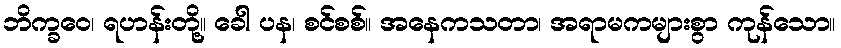
ဘိက္ခဝေ၊ ရဟန်းတို့။ ခေါ ပန၊ စင်စစ်။ အနေကသတာ၊ အရာမကများစွာ ကုန်သော။